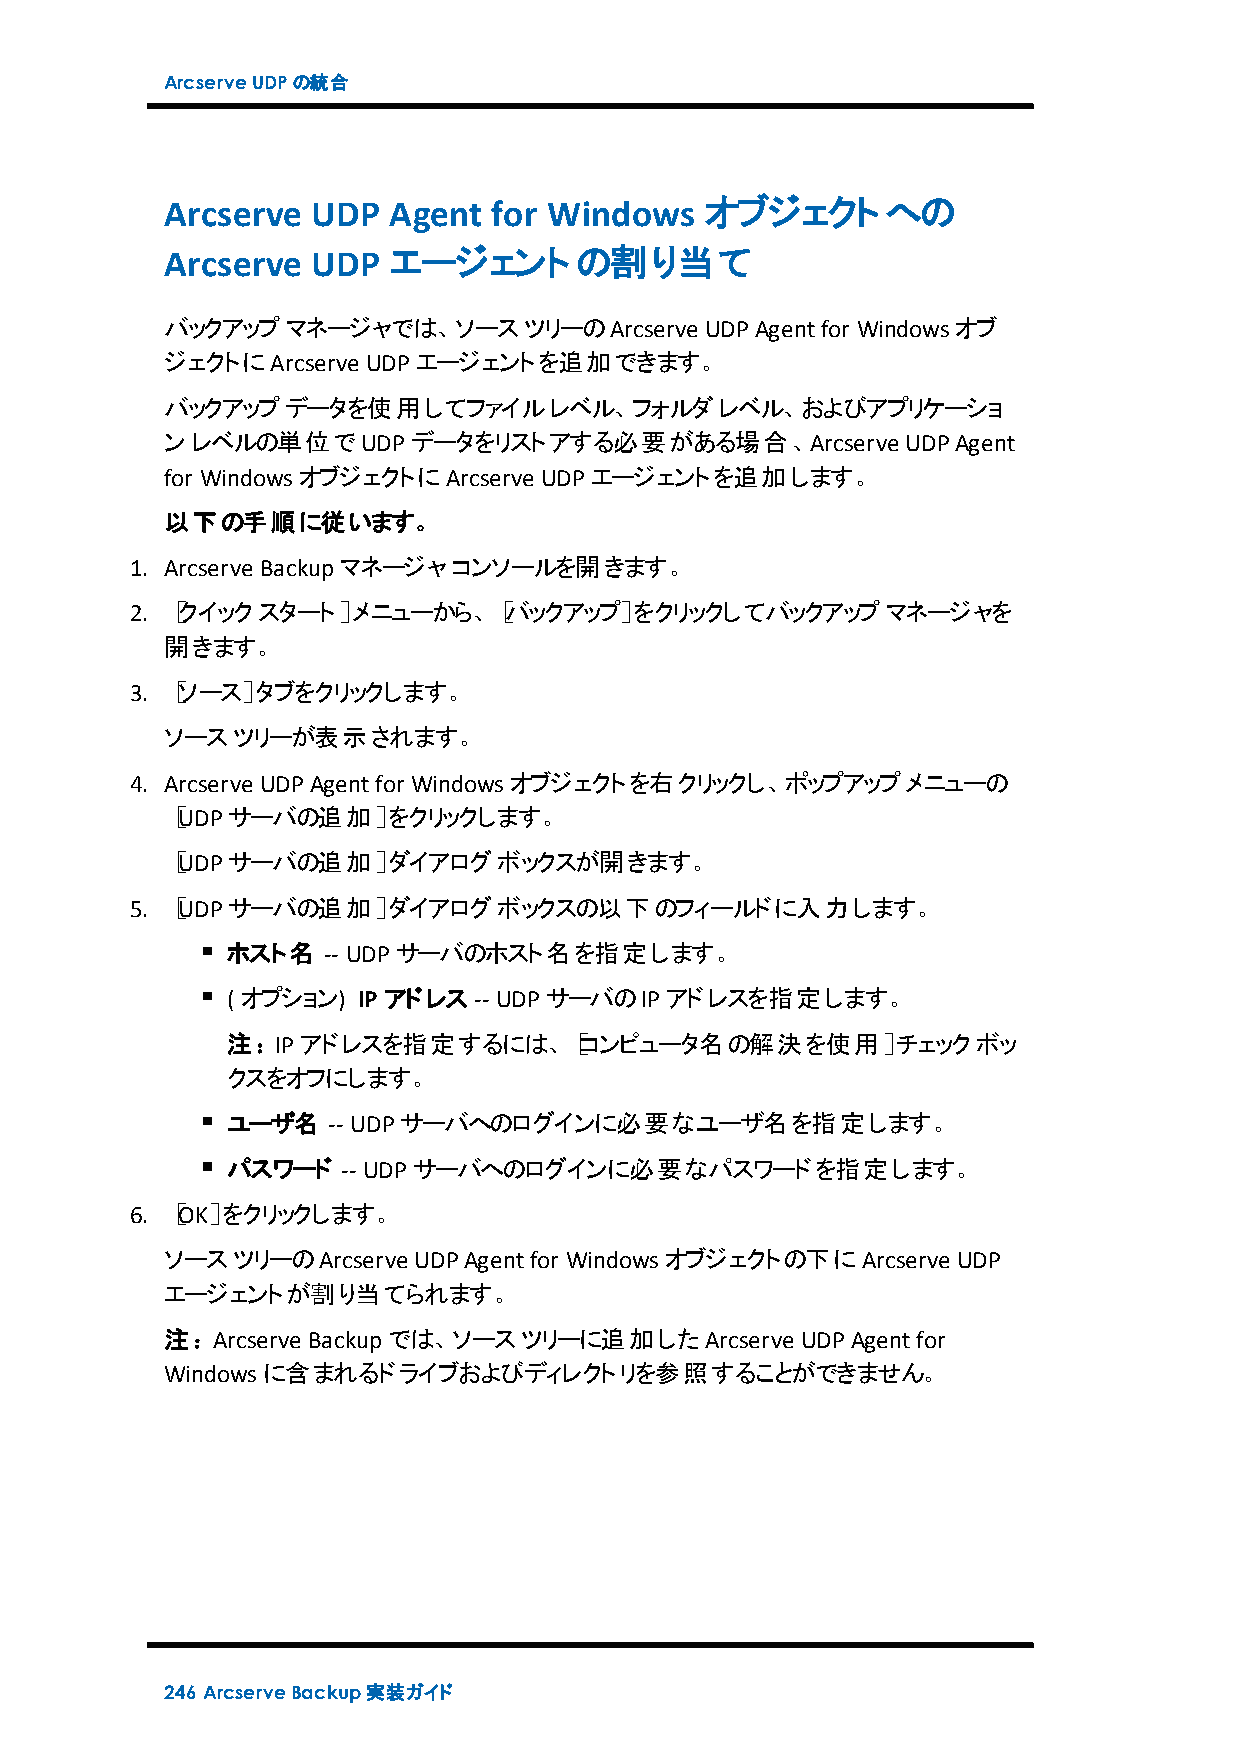
ArcserveUDPの統合
 Arcserve  UDP  Agent for Windows    オブジェクトへの
 Arcserve  UDP  エージェントの割り当て
 バックアップマネージャでは、ソースツリーのArcserve       UDPAgentfor Windowsオブ
 ジェクトにArcserve UDPエージェントを追加できます。
 バックアップデータを使用してファイルレベル、フォルダレベル、およびアプリケーショ
 ンレベルの単位でUDPデータをリストアする必要がある場合、Arcserve            UDPAgent
 for WindowsオブジェクトにArcserve UDPエージェントを追加します。
 以下の手順に従います。
 1. Arcserve Backupマネージャコンソールを開きます。
 2. ［クイックスタート］メニューから、［バックアップ］をクリックしてバックアップマネージャを
 開きます。
 3. ［ソース］タブをクリックします。
 ソースツリーが表示されます。
 4. Arcserve UDPAgentfor Windowsオブジェクトを右クリックし、ポップアップメニューの
 ［UDPサーバの追加］をクリックします。
 ［UDPサーバの追加］ダイアログボックスが開きます。
 5. ［UDPサーバの追加］ダイアログボックスの以下のフィールドに入力します。
 ホスト名  -- UDPサーバのホスト名を指定します。
 ( オプション) IP アドレス-- UDPサーバのIPアドレスを指定します。
 注：IPアドレスを指定するには、［コンピュータ名の解決を使用］チェックボッ
 クスをオフにします。
 ユーザ名   -- UDPサーバへのログインに必要なユーザ名を指定します。
 パスワード   -- UDPサーバへのログインに必要なパスワードを指定します。
 6. ［OK］をクリックします。
 ソースツリーのArcserve UDPAgentfor Windowsオブジェクトの下にArcserve UDP
 エージェントが割り当てられます。
 注：Arcserve Backupでは、ソースツリーに追加したArcserve   UDPAgentfor
 Windowsに含まれるドライブおよびディレクトリを参照することができません。
 246 ArcserveBackup実装ガイド